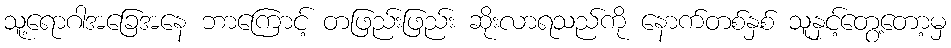
သူ့ရောဂါအခြေအနေ ဘာကြောင့် တဖြည်းဖြည်း ဆိုးလာရသည်ကို နောက်တစ်နှစ် သူနှင့်တွေ့တော့မှ